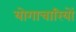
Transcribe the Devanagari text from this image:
योगाचारियों